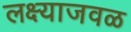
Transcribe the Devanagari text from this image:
लक्ष्याजवळ